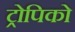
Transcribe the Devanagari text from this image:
ट्रोपिको